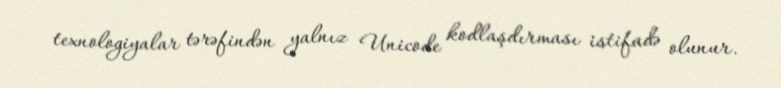
texnologiyalar tərəfindən yalnız Unicode kodlaşdırması istifadə olunur.